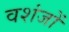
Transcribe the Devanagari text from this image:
वशंजों